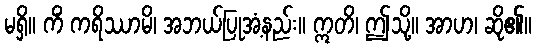
မရှိ။ ကိံ ကရိဿာမိ၊ အဘယ်ပြုအံ့နည်း။ ဣတိ၊ ဤသို့။ အာဟ၊ ဆို၏။